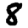
Digit: 8